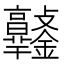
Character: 𨰯